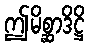
ဤမိစ္ဆာဒိဋ္ဌိ